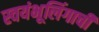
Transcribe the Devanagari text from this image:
स्वयंभूलिंगाची